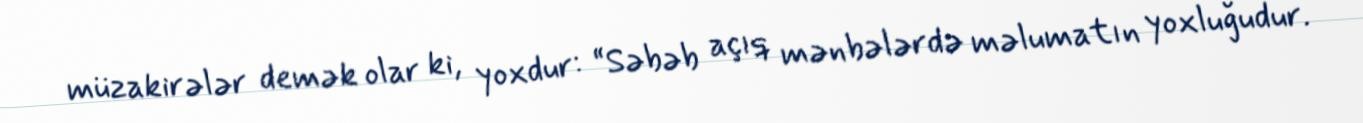
müzakirələr demək olar ki, yoxdur: “Səbəb açıq mənbələrdə məlumatın yoxluğudur.